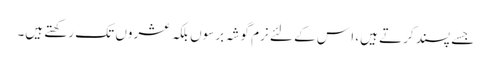
جسے پسند کرتے ہیں، ا س کے لئے نرم گوشہ برسوں بلکہ عشروں تک رکھتے ہیں۔